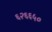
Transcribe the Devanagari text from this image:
६२६६५०